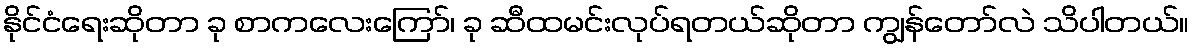
နိုင်ငံရေးဆိုတာ ခု စာကလေးကြော်၊ ခု ဆီထမင်းလုပ်ရတယ်ဆိုတာ ကျွန်တော်လဲ သိပါတယ်။